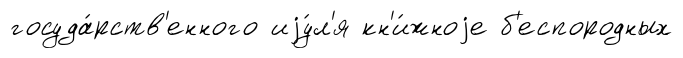
госуда́рств'енного иjу́л'я кн'и́жноjе б'еспородных